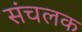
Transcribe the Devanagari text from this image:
संचलक